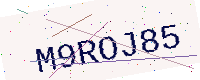
Text: M9ROJ85